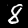
Digit: 8